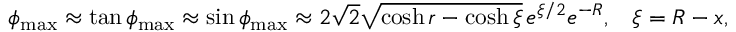
\phi _ { \operatorname* { m a x } } \approx \tan \phi _ { \operatorname* { m a x } } \approx \sin \phi _ { \operatorname* { m a x } } \approx 2 \sqrt { 2 } \sqrt { \cosh r - \cosh \xi } \, e ^ { \xi / 2 } e ^ { - R } , \; \; \; \xi = R - x ,